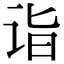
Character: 诣